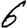
Digit: 6